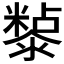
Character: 𭲲